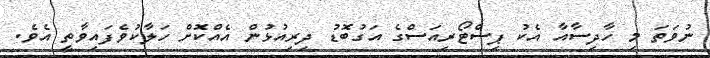
ނުވަތަ މި ހާދިސާއާ އެކު ޕިސްޓޯރިއަސްގެ އަގުބޮޑު ދިރިއުޅުން އެއްކޮށް ހަލާކުވެފައިވާތީ އެވެ.